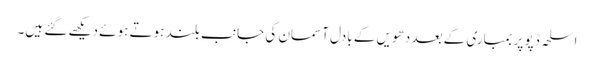
اسلحہ ڈپو پر بمباری کے بعد دھویں کے بادل آسمان کی جانب بلند ہوتے ہوئے دیکھے گئے ہیں۔